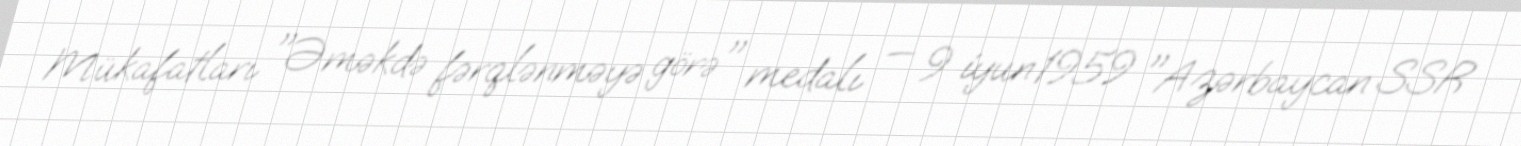
Mükafatları "Əməkdə fərqlənməyə görə" medalı — 9 iyun 1959 "Azərbaycan SSR